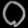
Digit: ၀